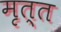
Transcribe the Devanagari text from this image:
मृत्त